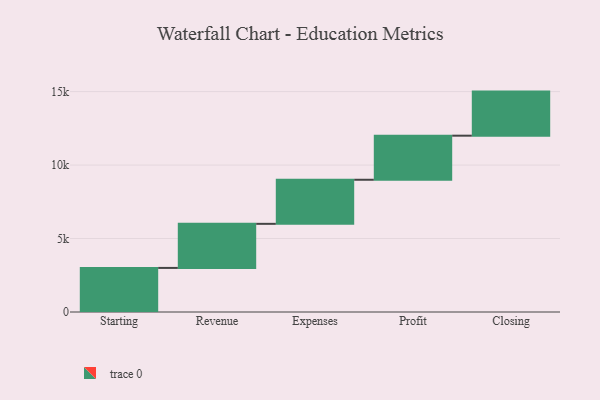
{"axis": {"x": "Step", "y": "Value"}, "legend": [""], "data": [{"x": "Starting", "y": 3000, "type": ""}, {"x": "Revenue", "y": 3000, "type": ""}, {"x": "Expenses", "y": 3000, "type": ""}, {"x": "Profit", "y": 3000, "type": ""}, {"x": "Closing", "y": 3000, "type": ""}]}